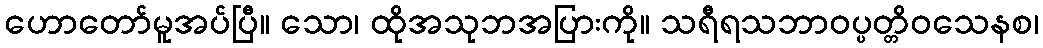
ဟောတော်မူအပ်ပြီ။ သော၊ ထိုအသုဘအပြားကို။ သရီရသဘာဝပ္ပတ္တိဝသေနစ၊